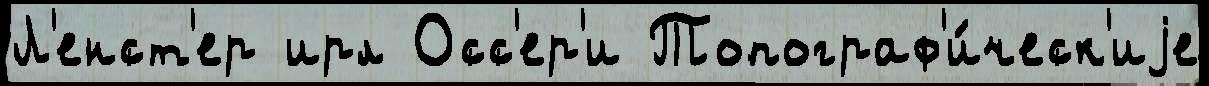
Л'енст'ер ирл Осс'ер'и Топограф'и́ческ'иjе